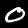
Label: 0